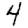
Digit: 4